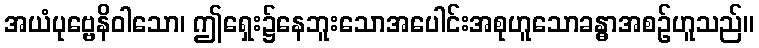
အယံပုဗ္ဗေနိဝါသော၊ ဤရှေး၌နေဘူးသောအပေါင်းအစုဟူသောခန္ဓာအစဉ်ဟူသည်။